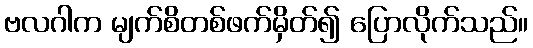
ဗလဂါက မျက်စိတစ်ဖက်မှိတ်၍ ပြောလိုက်သည်။